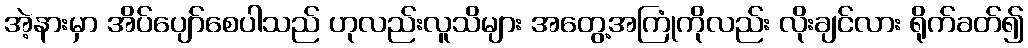
အဲ့နားမှာ အိပ်ပျော်စေပါသည် ဟုလည်းလူသိများ အတွေ့အကြုံကိုလည်း လိုးချင်လား ရိုက်ခတ်၍